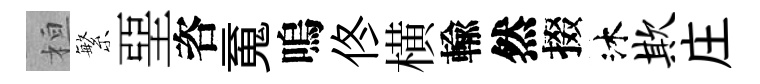
桓繁堊咨䰟嗚佟横輸然掇沐欺庄